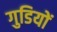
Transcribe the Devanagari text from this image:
गुडियों